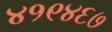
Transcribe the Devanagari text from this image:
४१९४६७